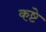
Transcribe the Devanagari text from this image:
कष्टे